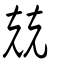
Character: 兢